Plague in India, 1896, 1897 - Volume 1
Year: 1896
Disease focus: Plague
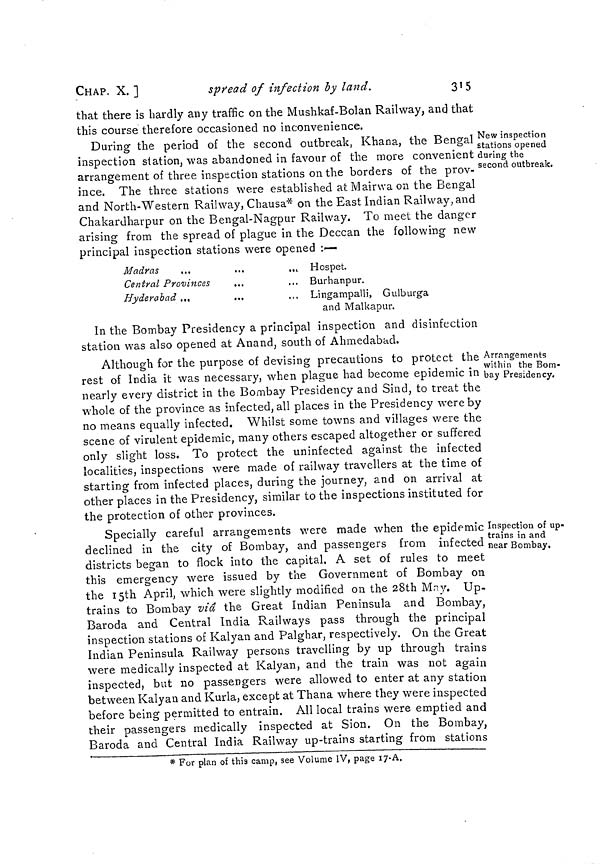
CHAP. X. ]
spread of infection by land.
315
that there is hardly any traffic on the Mushkaf-Bolan Railway, and that
this course therefore occasioned no inconvenience.
New inspection
stations opened
during the
second outbreak.
During the period of the second outbreak, Khana, the Bengal
inspection station, was abandoned in favour of the more convenient
arrangement of three inspection stations on the borders of the prov-
ince. The three stations were established at Mairwa on the Bengal
and North-Western Railway, Chausa* on the East Indian Railway, and
Chakardharpur on the Bengal-Nagpur Railway. To meet the danger
arising from the spread of plague in the Deccan the following new
principal inspection stations were opened :—
Madras
...
...
...
Central Provinces
...
Hyderabad ...
...
Hospet.
Burhanpur.
Lingampalli, Gulburga
and Malkapur.
In the Bombay Presidency a principal inspection and disinfection
station was also opened at Anand, south of Ahmedabad.
Arrangements
within the Bom-
bay Presidency.
Although for the purpose of devising precautions to protect the
rest of India it was necessary, when plague had become epidemic in
nearly every district in the Bombay Presidency and Sind, to treat the
whole of the province as infected, all places in the Presidency were by
no means equally infected. Whilst some towns and villages were the
scene of virulent epidemic, many others escaped altogether or suffered
only slight loss. To protect the uninfected against the infected
localities, inspections were made of railway travellers at the time of
starting from infected places, during the journey, and on arrival at
other places in the Presidency, similar to the inspections instituted for
the protection of other provinces.
Inspection of up-
trains in and
near Bombay.
Specially careful arrangements were made when the epidemic
declined in the city of Bombay, and passengers from infected
districts began to flock into the capital. A set of rules to meet
this emergency were issued by the Government of Bombay on
the 15th April, which were slightly modified on the 28th May. Up-
trains to Bombay via the Great Indian Peninsula and Bombay,
Baroda and Central India Railways pass through the principal
inspection stations of Kalyan and Palghar, respectively. On the Great
Indian Peninsula Railway persons travelling by up through trains
were medically inspected at Kalyan, and the train was not again
inspected, but no passengers were allowed to enter at any station
between Kalyan and Kurla, except at Thana where they were inspected
before being permitted to entrain. All local trains were emptied and
their passengers medically inspected at Sion. On the Bombay,
Baroda and Central India Railway up-trains starting from stations
* For plan of this camp, see Volume IV, page 17-A.